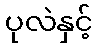
ပုလဲနှင့်